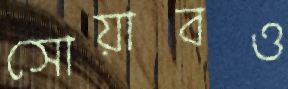
সোয়াবও